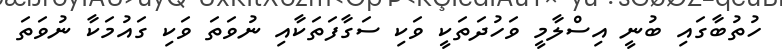
ހުތުބާގައި ބުނީ އިސްލާމީ ވަހުދަތަކީ ވަކި ސަގާފަތަކާއި ނުވަތަ ވަކި ގައުމަކާ ނުވަތަ